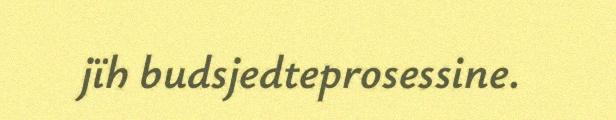
jïh budsjedteprosessine.